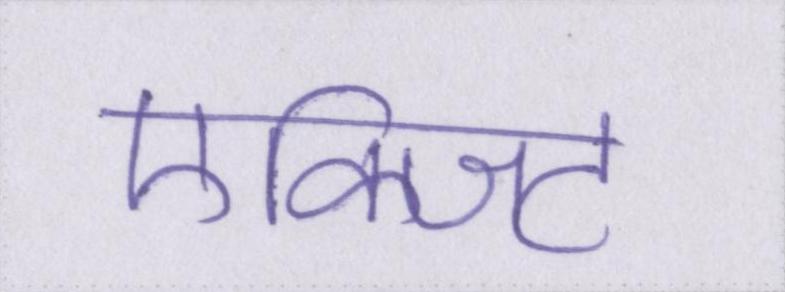
एक्जिट